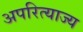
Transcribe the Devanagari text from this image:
अपरित्याज्य